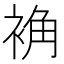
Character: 𫋽